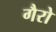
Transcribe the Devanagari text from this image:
गैरो